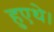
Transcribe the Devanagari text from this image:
हुएथे।